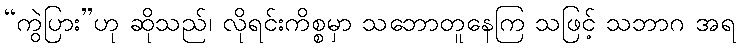
“ကွဲပြား”ဟု ဆိုသည်၊ လိုရင်းကိစ္စမှာ သဘောတူနေကြ သဖြင့် သဘာဂ အရ